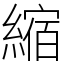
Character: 縮